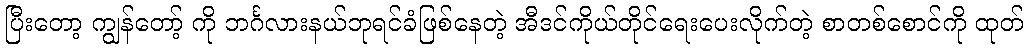
ပြီးတော့ ကျွန်တော့် ကို ဘင်္ဂလားနယ်ဘုရင်ခံဖြစ်နေတဲ့ အီဒင်ကိုယ်တိုင်ရေးပေးလိုက်တဲ့ စာတစ်စောင်ကို ထုတ်